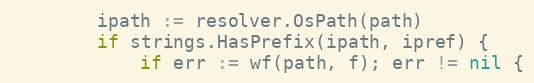
Language: Go
		ipath := resolver.OsPath(path)
		if strings.HasPrefix(ipath, ipref) {
			if err := wf(path, f); err != nil {